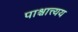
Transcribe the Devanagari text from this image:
पाश्चात्त्यय